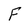
Character: F